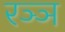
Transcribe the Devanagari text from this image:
रञ्ञ